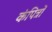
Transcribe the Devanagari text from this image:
कंपित्रों